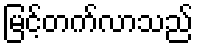
မြင့်တက်လာသည်